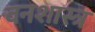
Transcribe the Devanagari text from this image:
वनशास्त्र